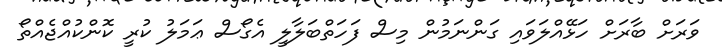
ވަރަށް ބާރަށް ހަޅޭއްލަވައި ގަންނަމުން މިސް ފަހަތްބަލާލީ އެގޯސް ޢަމަލު ކުރީ ކޮންކުއްޖެއްތޯ